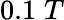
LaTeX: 0.1\; T